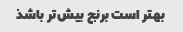
بهتر است برنج بیش‌تر باشذ